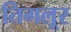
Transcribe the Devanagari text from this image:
तिगलूर